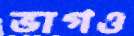
ভাগও